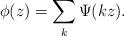
LaTeX: \begin{align*} \phi(z)=\sum_k \Psi(kz).\end{align*}